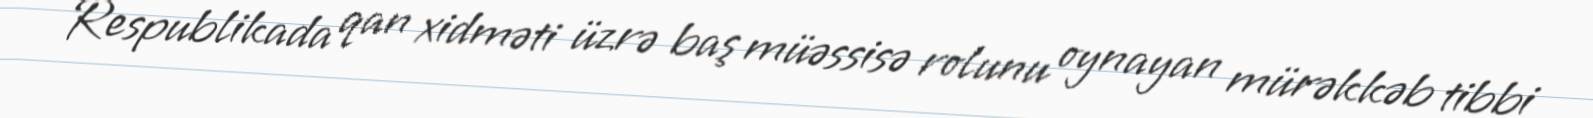
Respublikada qan xidməti üzrə baş müəssisə rolunu oynayan mürəkkəb tibbi